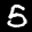
Label: 5